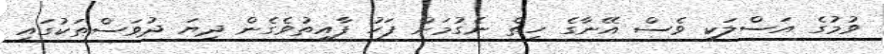
ވުމުގެ އަސްލަކީ ވެސް އޭނާގެ ހިތް ނެގުމަށް ފަހު ފާއިތުވެގެން ދިޔަ ދުވަސްތަކުގައި